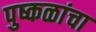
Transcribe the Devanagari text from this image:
पुष्कळांचा